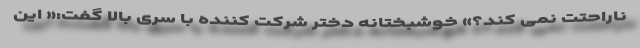
ناراحتت نمی کند؟» خوشبختانه دختر شرکت کننده با سری بالا گفت:« این